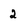
Character: 2